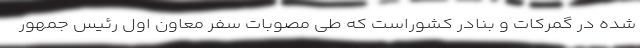
شده در گمرکات و بنادر کشوراست که طی مصوبات سفر معاون اول رئیس جمهور